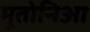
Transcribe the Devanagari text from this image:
मूतोनिआ